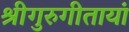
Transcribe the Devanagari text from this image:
श्रीगुरुगीतायां